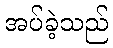
အပ်ခဲ့သည်